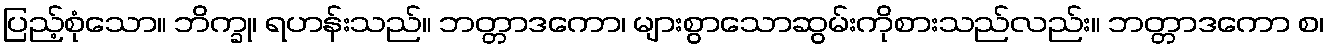
ပြည့်စုံသော။ ဘိက္ခု၊ ရဟန်းသည်။ ဘတ္တာဒကော၊ များစွာသောဆွမ်းကိုစားသည်လည်း။ ဘတ္တာဒကော စ၊